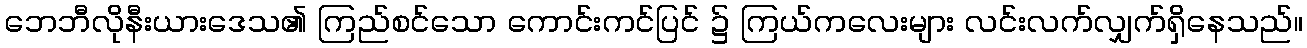
ဘေဘီလိုနီးယားဒေသ၏ ကြည်စင်သော ကောင်းကင်ပြင် ၌ ကြယ်ကလေးများ လင်းလက်လျှက်ရှိနေသည်။